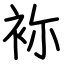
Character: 袮